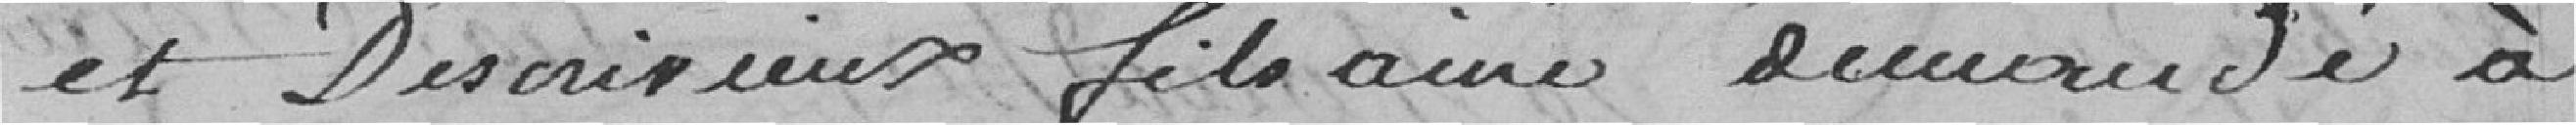
et Descrvieux fils aîné demandé à